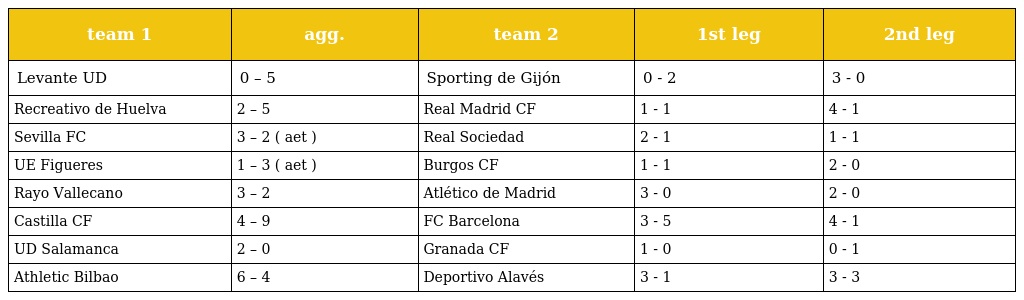
| team 1 | agg. | team 2 | 1st leg | 2nd leg |
 | --- | --- | --- | --- | --- |
 | Levante UD | 0 – 5 | Sporting de Gijón | 0 - 2 | 3 - 0 |
 | Recreativo de Huelva | 2 – 5 | Real Madrid CF | 1 - 1 | 4 - 1 |
 | Sevilla FC | 3 – 2 ( aet ) | Real Sociedad | 2 - 1 | 1 - 1 |
 | UE Figueres | 1 – 3 ( aet ) | Burgos CF | 1 - 1 | 2 - 0 |
 | Rayo Vallecano | 3 – 2 | Atlético de Madrid | 3 - 0 | 2 - 0 |
 | Castilla CF | 4 – 9 | FC Barcelona | 3 - 5 | 4 - 1 |
 | UD Salamanca | 2 – 0 | Granada CF | 1 - 0 | 0 - 1 |
 | Athletic Bilbao | 6 – 4 | Deportivo Alavés | 3 - 1 | 3 - 3 |